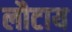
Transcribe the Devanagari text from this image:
लौटाय